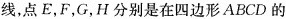
线，点E，F，G，H分别是在四边形ABCD的